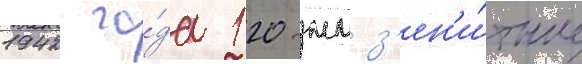
1942 го́да 120-мм з'ен'и́тные